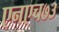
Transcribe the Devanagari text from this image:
एनएच७३